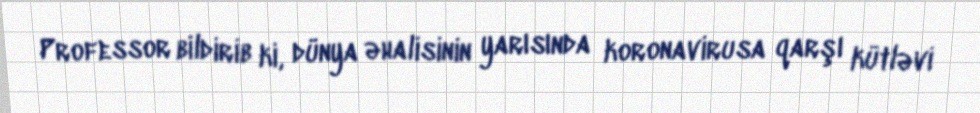
Professor bildirib ki, dünya əhalisinin yarısında koronavirusa qarşı kütləvi